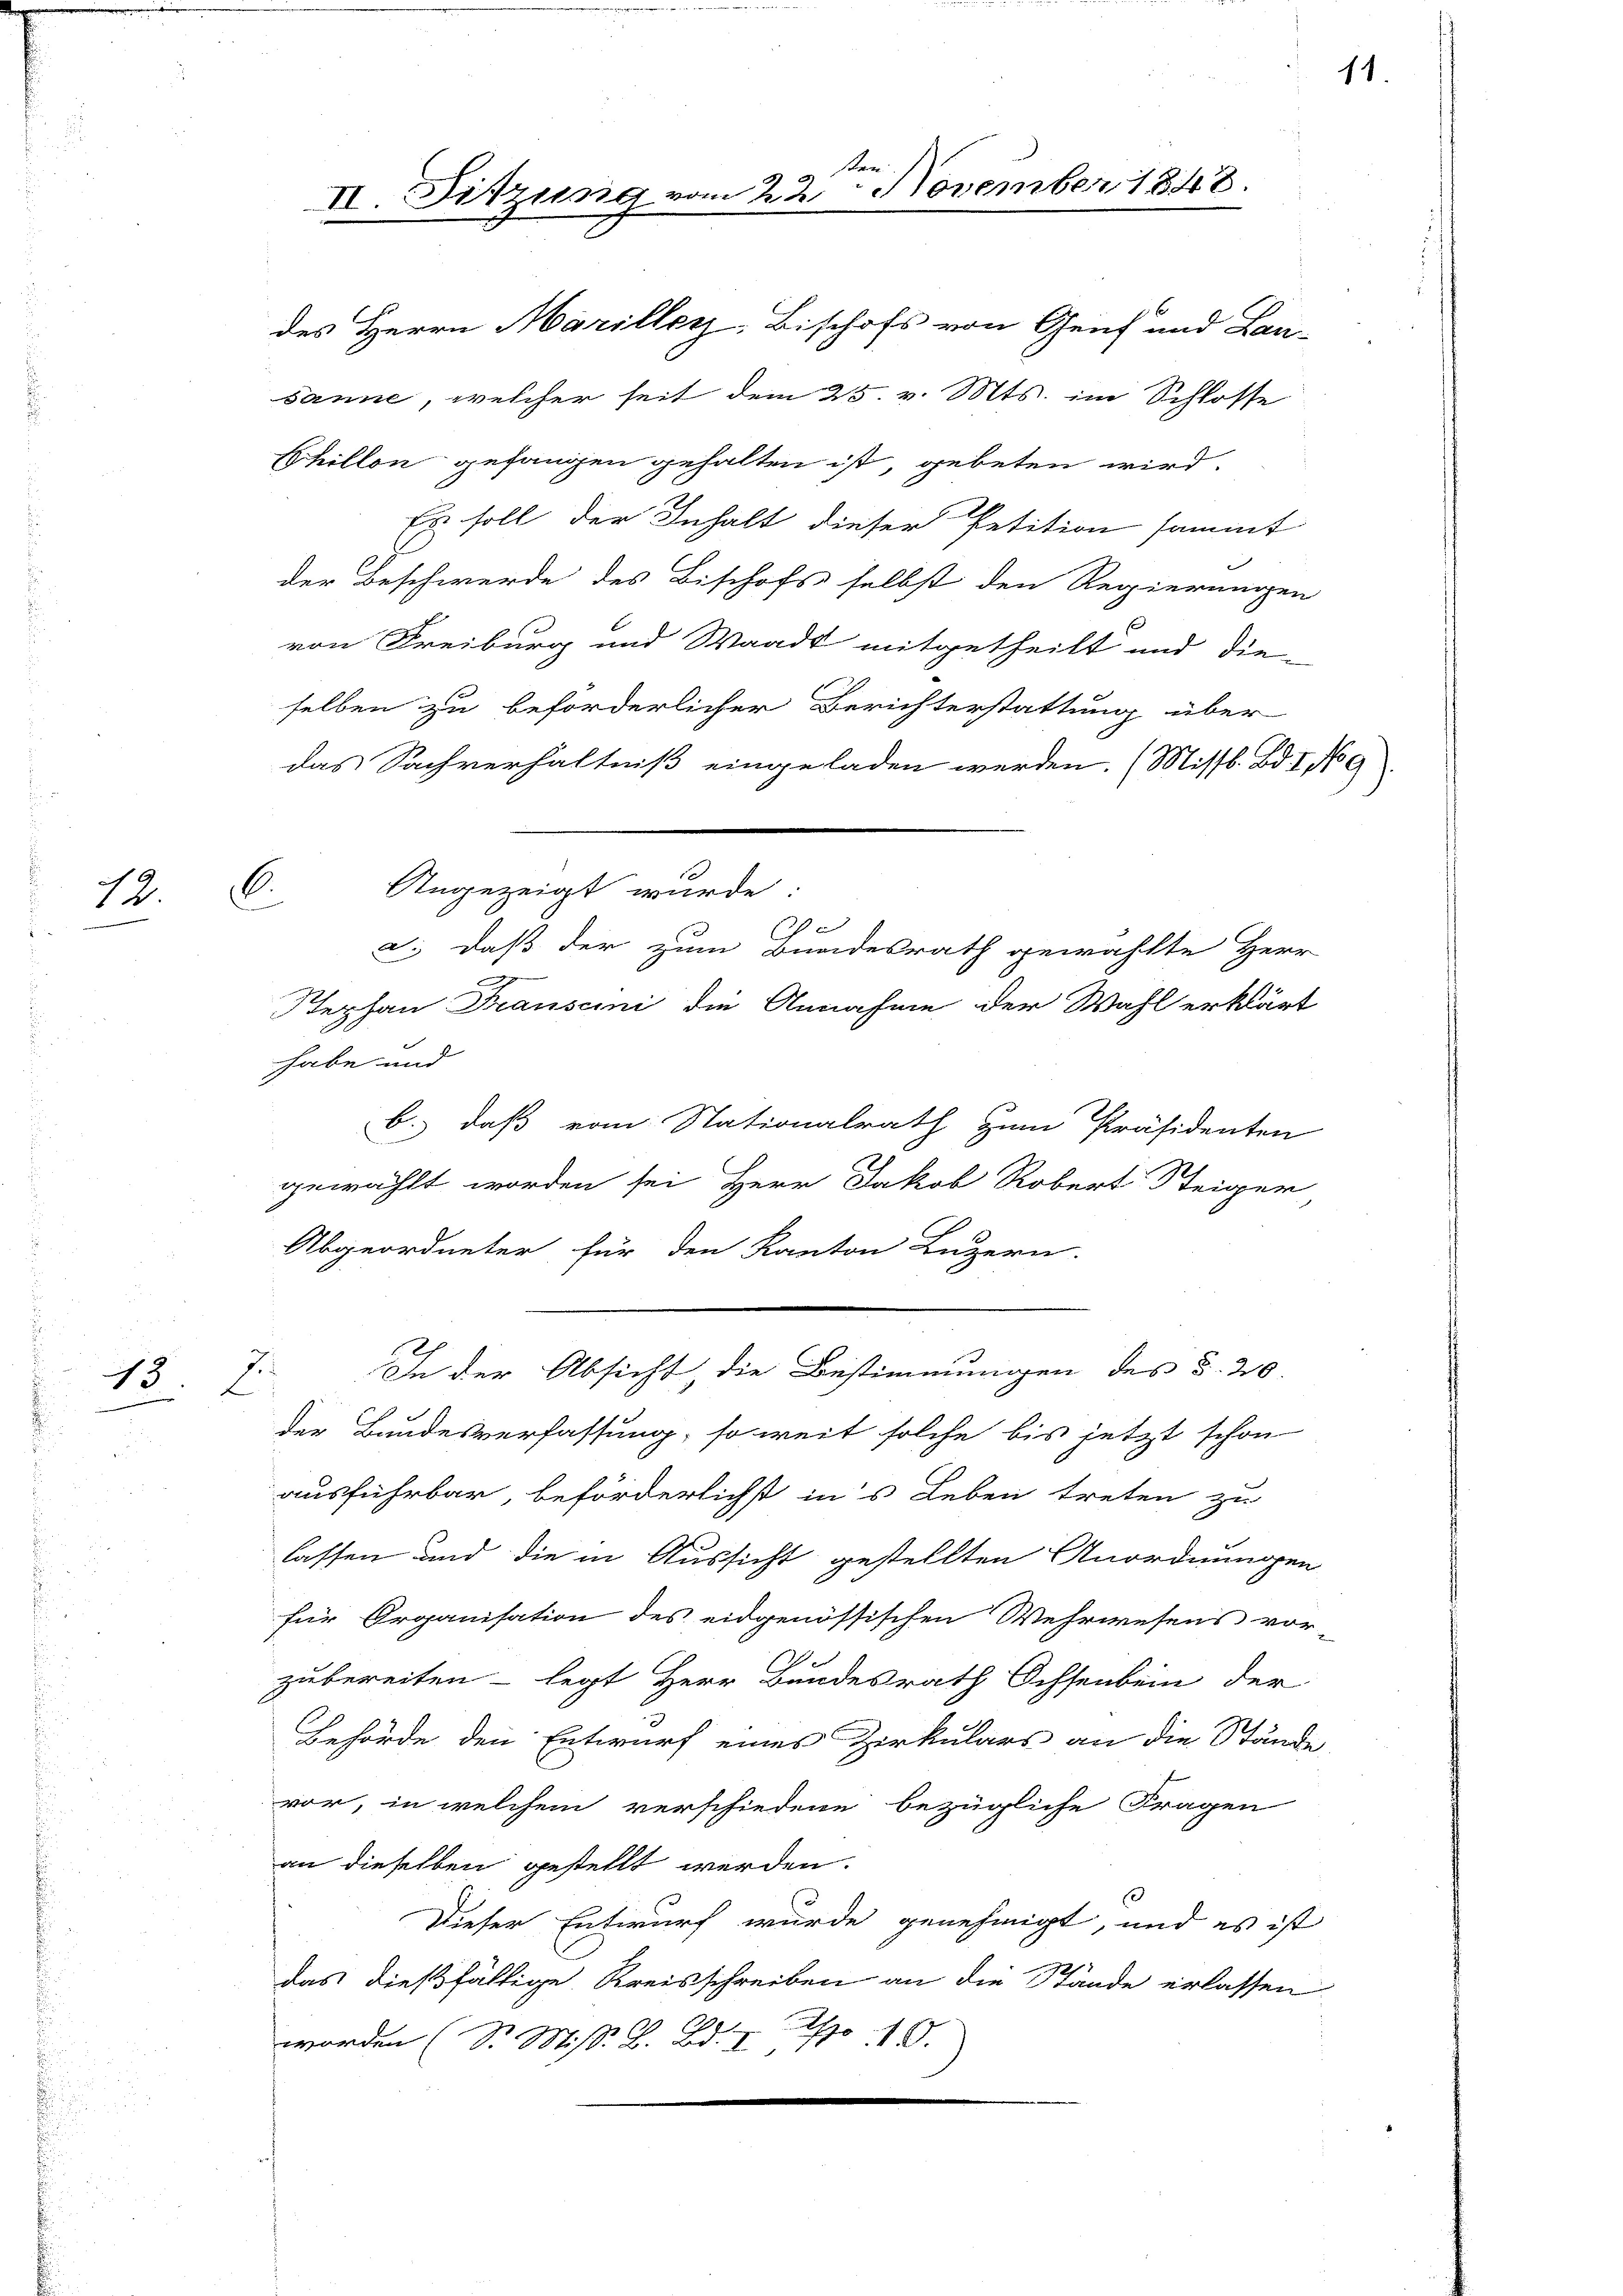
12.

13

sanne, welcher seit dem 25. v. Mts. im Schlosse
Shillon gefangen gehalten ist, gebeten wird.
Es soll der Inhalt dieser Petition sammt
der Beschwerde des Bischofs selbst den Regierungen
von Freiburg und Waadt mitgetheilt und die-
selben zu beförderlicher Berichterstattung über
das Sachverhältniß eingeladen werden. (Missb. Bd. I, No 9
Angezeigt wurde:
I
d.) daß der zum Bundesrath gewählte Herr
Pephan Franscini die Annahme der Wahl erklärt
habe und
b. daß vom Stationalrath zum Präsidenten
gewählt worden sei Herr Jakob Robert Steiger
Abgeordneter für den Kanton Luzern.
J
In der Absicht, die Bestimmungen des §. 20
L
der Bandesverfassung, so weit solche bis jetzt schon
ausführbar, beförderlichst in’s Leben treten zu
lassen und die in Aussicht gestellten Anordnungen
für Organisation des eidgenössischen Wehrwesens vor-
zubereiten - legt Herr Bundesrath Ochsenbein der
Behörde den Entwurf eines Zirkulars an die Stände
vor, in welchem verschiedene bezügliche Fragen
an dieselben gestellt werden.
Dieser Entwurf wurde genehmigt, und es ist
das dießfällige Kreisschreiben an die Stände erlassen

worden (S. M. R. Bd. I S. 10.
.

d
II. Sitzung vom 22. November 1848.
des Herrn Mariller-Bischofs von Genf und Lan-

C.

11.